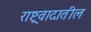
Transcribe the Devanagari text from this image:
राष्ट्रवादातील